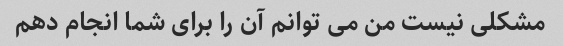
مشکلی نیست من می توانم آن را برای شما انجام دهم